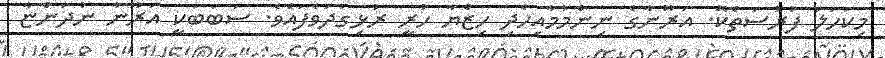
މިކަހަލަ ފުރުސަތެކޭ. އަރޫނާގެ ނިންމުމާއިހެދި ހިޒްޔާ ހުރީ ރުޅިގަދަވެފައެވެ. ސަބަބަކީ އަރޫނާ ނުދަންޏާ